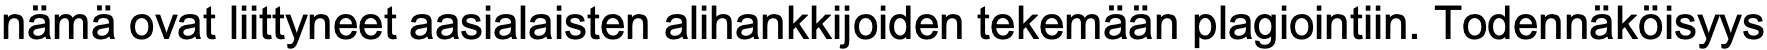
nämä ovat liittyneet aasialaisten alihankkijoiden tekemään plagiointiin. Todennäköisyys